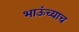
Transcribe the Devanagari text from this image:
भाऊंच्याच